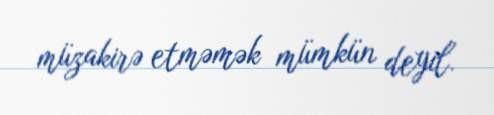
müzakirə etməmək mümkün deyil.